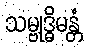
သမ္ဗုဒ္ဓိမန္တံ